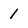
Character: 1